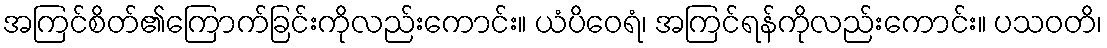
အကြင်စိတ်၏ကြောက်ခြင်းကိုလည်းကောင်း။ ယံပိဝေရံ၊ အကြင်ရန်ကိုလည်းကောင်း။ ပသဝတိ၊